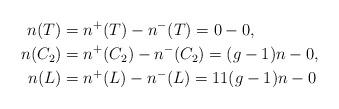
LaTeX: \begin{align*}n(T) &= n^+(T) - n^-(T) = 0 - 0, \\n(C_2) &= n^+(C_2) - n^-(C_2) = (g-1)n - 0, \\n(L) &= n^+(L) - n^-(L) = 11(g-1)n - 0 \end{align*}